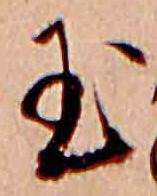
玉